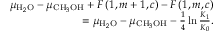
\begin{array} { r } { \mu _ { \mathrm { H } _ { 2 } \mathrm { O } } - \mu _ { \mathrm { C H } _ { 3 } \mathrm { O H } } + F \left( 1 , m + 1 , c \right) - F \left( 1 , m , c \right) } \\ { = \mu _ { \mathrm { H } _ { 2 } \mathrm { O } } - \mu _ { \mathrm { C H } _ { 3 } \mathrm { O H } } - \frac { 1 } { 4 } \ln \frac { K _ { 1 } } { K _ { 0 } } . } \end{array}